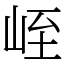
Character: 峌